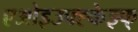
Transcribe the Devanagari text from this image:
एओइउफ्ह्केझ्फ्